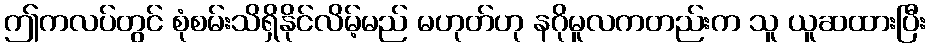
ဤကလပ်တွင် စုံစမ်းသိရှိနိုင်လိမ့်မည် မဟုတ်ဟု နဂိုမူလကတည်းက သူ ယူဆထားပြီး